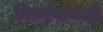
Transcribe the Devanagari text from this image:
किल्ल्यांचाही